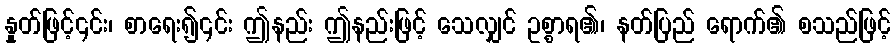
နှုတ်ဖြင့်၎င်း၊ စာရေး၍၎င်း ဤနည်း ဤနည်းဖြင့် သေလျှင် ဥစ္စာရ၏၊ နတ်ပြည် ရောက်၏ စသည်ဖြင့်